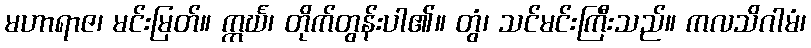
မဟာရာဇ၊ မင်းမြတ်။ ဣင်္ဃ၊ တိုက်တွန်းပါ၏။ တွံ၊ သင်မင်းကြီးသည်။ ကလသိဂါမံ၊